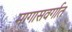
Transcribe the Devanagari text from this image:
मागासवर्गात